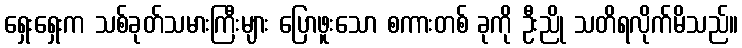
ရှေးရှေးက သစ်ခုတ်သမားကြီးများ ပြောဖူးသော စကားတစ် ခုကို ဦးညို သတိရလိုက်မိသည်။